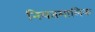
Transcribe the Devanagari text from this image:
नियतमालिक